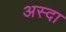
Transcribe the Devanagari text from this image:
अस्दा